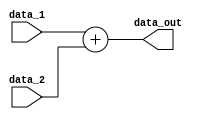
module Adder0(data_out, data_1, data_2);

input 	[31:0] data_1;
input 	[31:0] data_2;
output	[31:0] data_out;

assign  	data_out = data_1+data_2;
endmodule